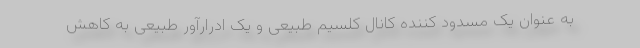
به عنوان یک مسدود کننده کانال کلسیم طبیعی و یک ادرارآور طبیعی به کاهش